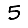
Digit: 5